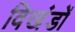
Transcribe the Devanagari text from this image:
विखंडों